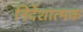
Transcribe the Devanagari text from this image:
निर्देशात्‍मक